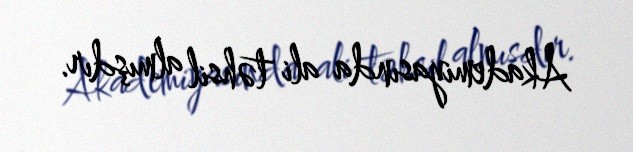
Akademiyasında ali təhsil almışdır.